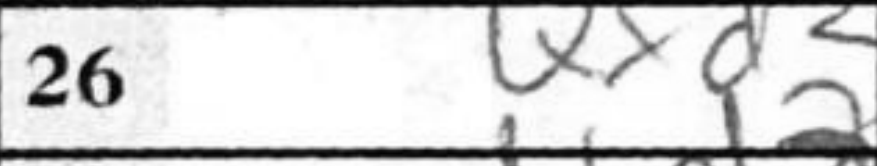
Transcription: Qxd3